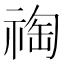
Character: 祹